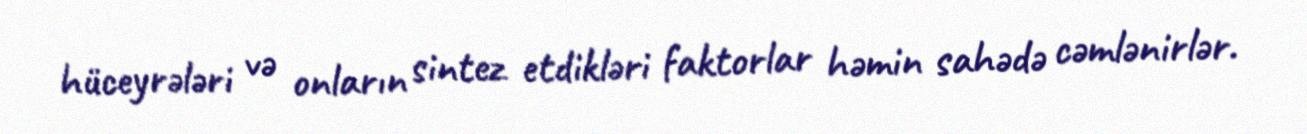
hüceyrələri və onların sintez etdikləri faktorlar həmin sahədə cəmlənirlər.